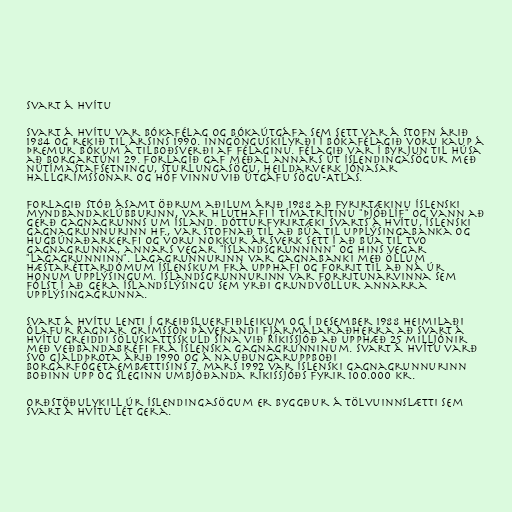
Svart á hvítu

Svart á hvítu var bókafélag og bókaútgáfa sem sett var á stofn árið
1984 og rekið til ársins 1990. Inngönguskilyrði í bókafélagið voru kaup á
þremur bókum á tilboðsverði af félaginu. Félagið var í byrjun til húsa
að Borgartúni 29. Forlagið gaf meðal annars út Íslendingasögur með
nútímastafsetningu, Sturlungasögu, heildarverk Jónasar
Hallgrímssonar og hóf vinnu við útgáfu Sögu-Atlas.

Forlagið stóð ásamt öðrum aðilum árið 1988 að fyrirtækinu Íslenski
myndbandaklúbburinn, var hluthafi í tímatrítinu "Þjóðlíf" og vann að
gerð gagnagrunns um Ísland. Dótturfyrirtæki Svarts á hvítu, Íslenski
gagnagrunnurinn hf., var stofnað til að búa til upplýsingabanka og
hugbúnaðarkerfi og voru nokkur ársverk sett í að búa til tvo
gagnagrunna, annars vegar "Íslandsgrunninn" og hins vegar
"Lagagrunninn". Lagagrunnurinn var gagnabanki með öllum
hæstaréttardómum íslenskum frá upphafi og forrit til að ná úr
honum upplýsingum. Íslandsgrunnurinn var forritunarvinna sem
fólst í að gera Íslandslýsingu sem yrði grundvöllur annarra
upplýsingagrunna.

Svart á hvítu lenti í greiðsluerfiðleikum og í desember 1988 heimilaði
Ólafur Ragnar Grímsson þáverandi fjármálaráðherra að Svart á
hvítu greiddi söluskattsskuld sína við Ríkissjóð að upphæð 25 milljónir
með veðbandabréfi frá Íslenska gagnagrunninum. Svart á hvítu varð
svo gjaldþrota árið 1990 og á nauðungaruppboði
borgarfógetaembættisins 7. mars 1992 var Íslenski gagnagrunnurinn
boðinn upp og sleginn umbjóðanda ríkissjóðs fyrir 100.000 kr.

Orðstöðulykill úr Íslendingasögum er byggður á tölvuinnslætti sem
Svart á hvítu lét gera.